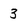
Character: 3